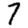
Digit: 7